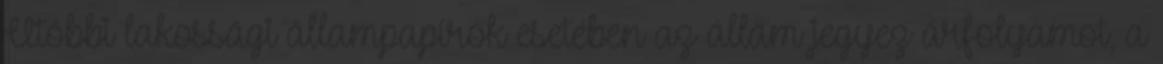
Utóbbi lakossági állampapírok esetében az állam jegyez árfolyamot, a